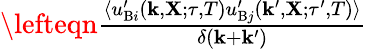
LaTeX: \begin{array}{rlr}{\lefteqn{\frac{\langle{u_{\mathrm{{B}}i}^{\prime}({\mathbf{k}},{\mathbf{X}};\tau,T)u_{\mathrm{{B}}j}^{\prime}({\mathbf{k}}^{\prime},{\mathbf{X}};\tau^{\prime},T)}\rangle}{\delta({\mathbf{k}}+{\mathbf{k}}^{\prime})}}}\end{array}